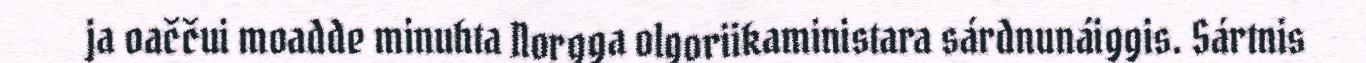
ja oaččui moadde minuhta Norgga olgoriikaministara sárdnunáiggis. Sártnis